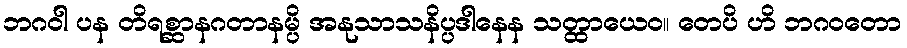
ဘဂဝါ ပန တိရစ္ဆာနဂတာနမ္ပိ အနုသာသနိပ္ပဒါနေန သတ္ထာယေဝ။ တေပိ ဟိ ဘဂဝတော